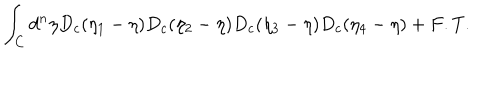
\int _ { C } d ^ { n } \eta D _ { c } ( \eta _ { 1 } - \eta ) D _ { c } ( \eta _ { 2 } - \eta ) D _ { c } ( \eta _ { 3 } - \eta ) D _ { c } ( \eta _ { 4 } - \eta ) + F . T .